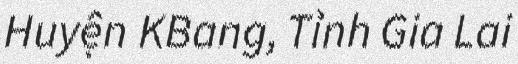
Huyện KBang, Tỉnh Gia Lai